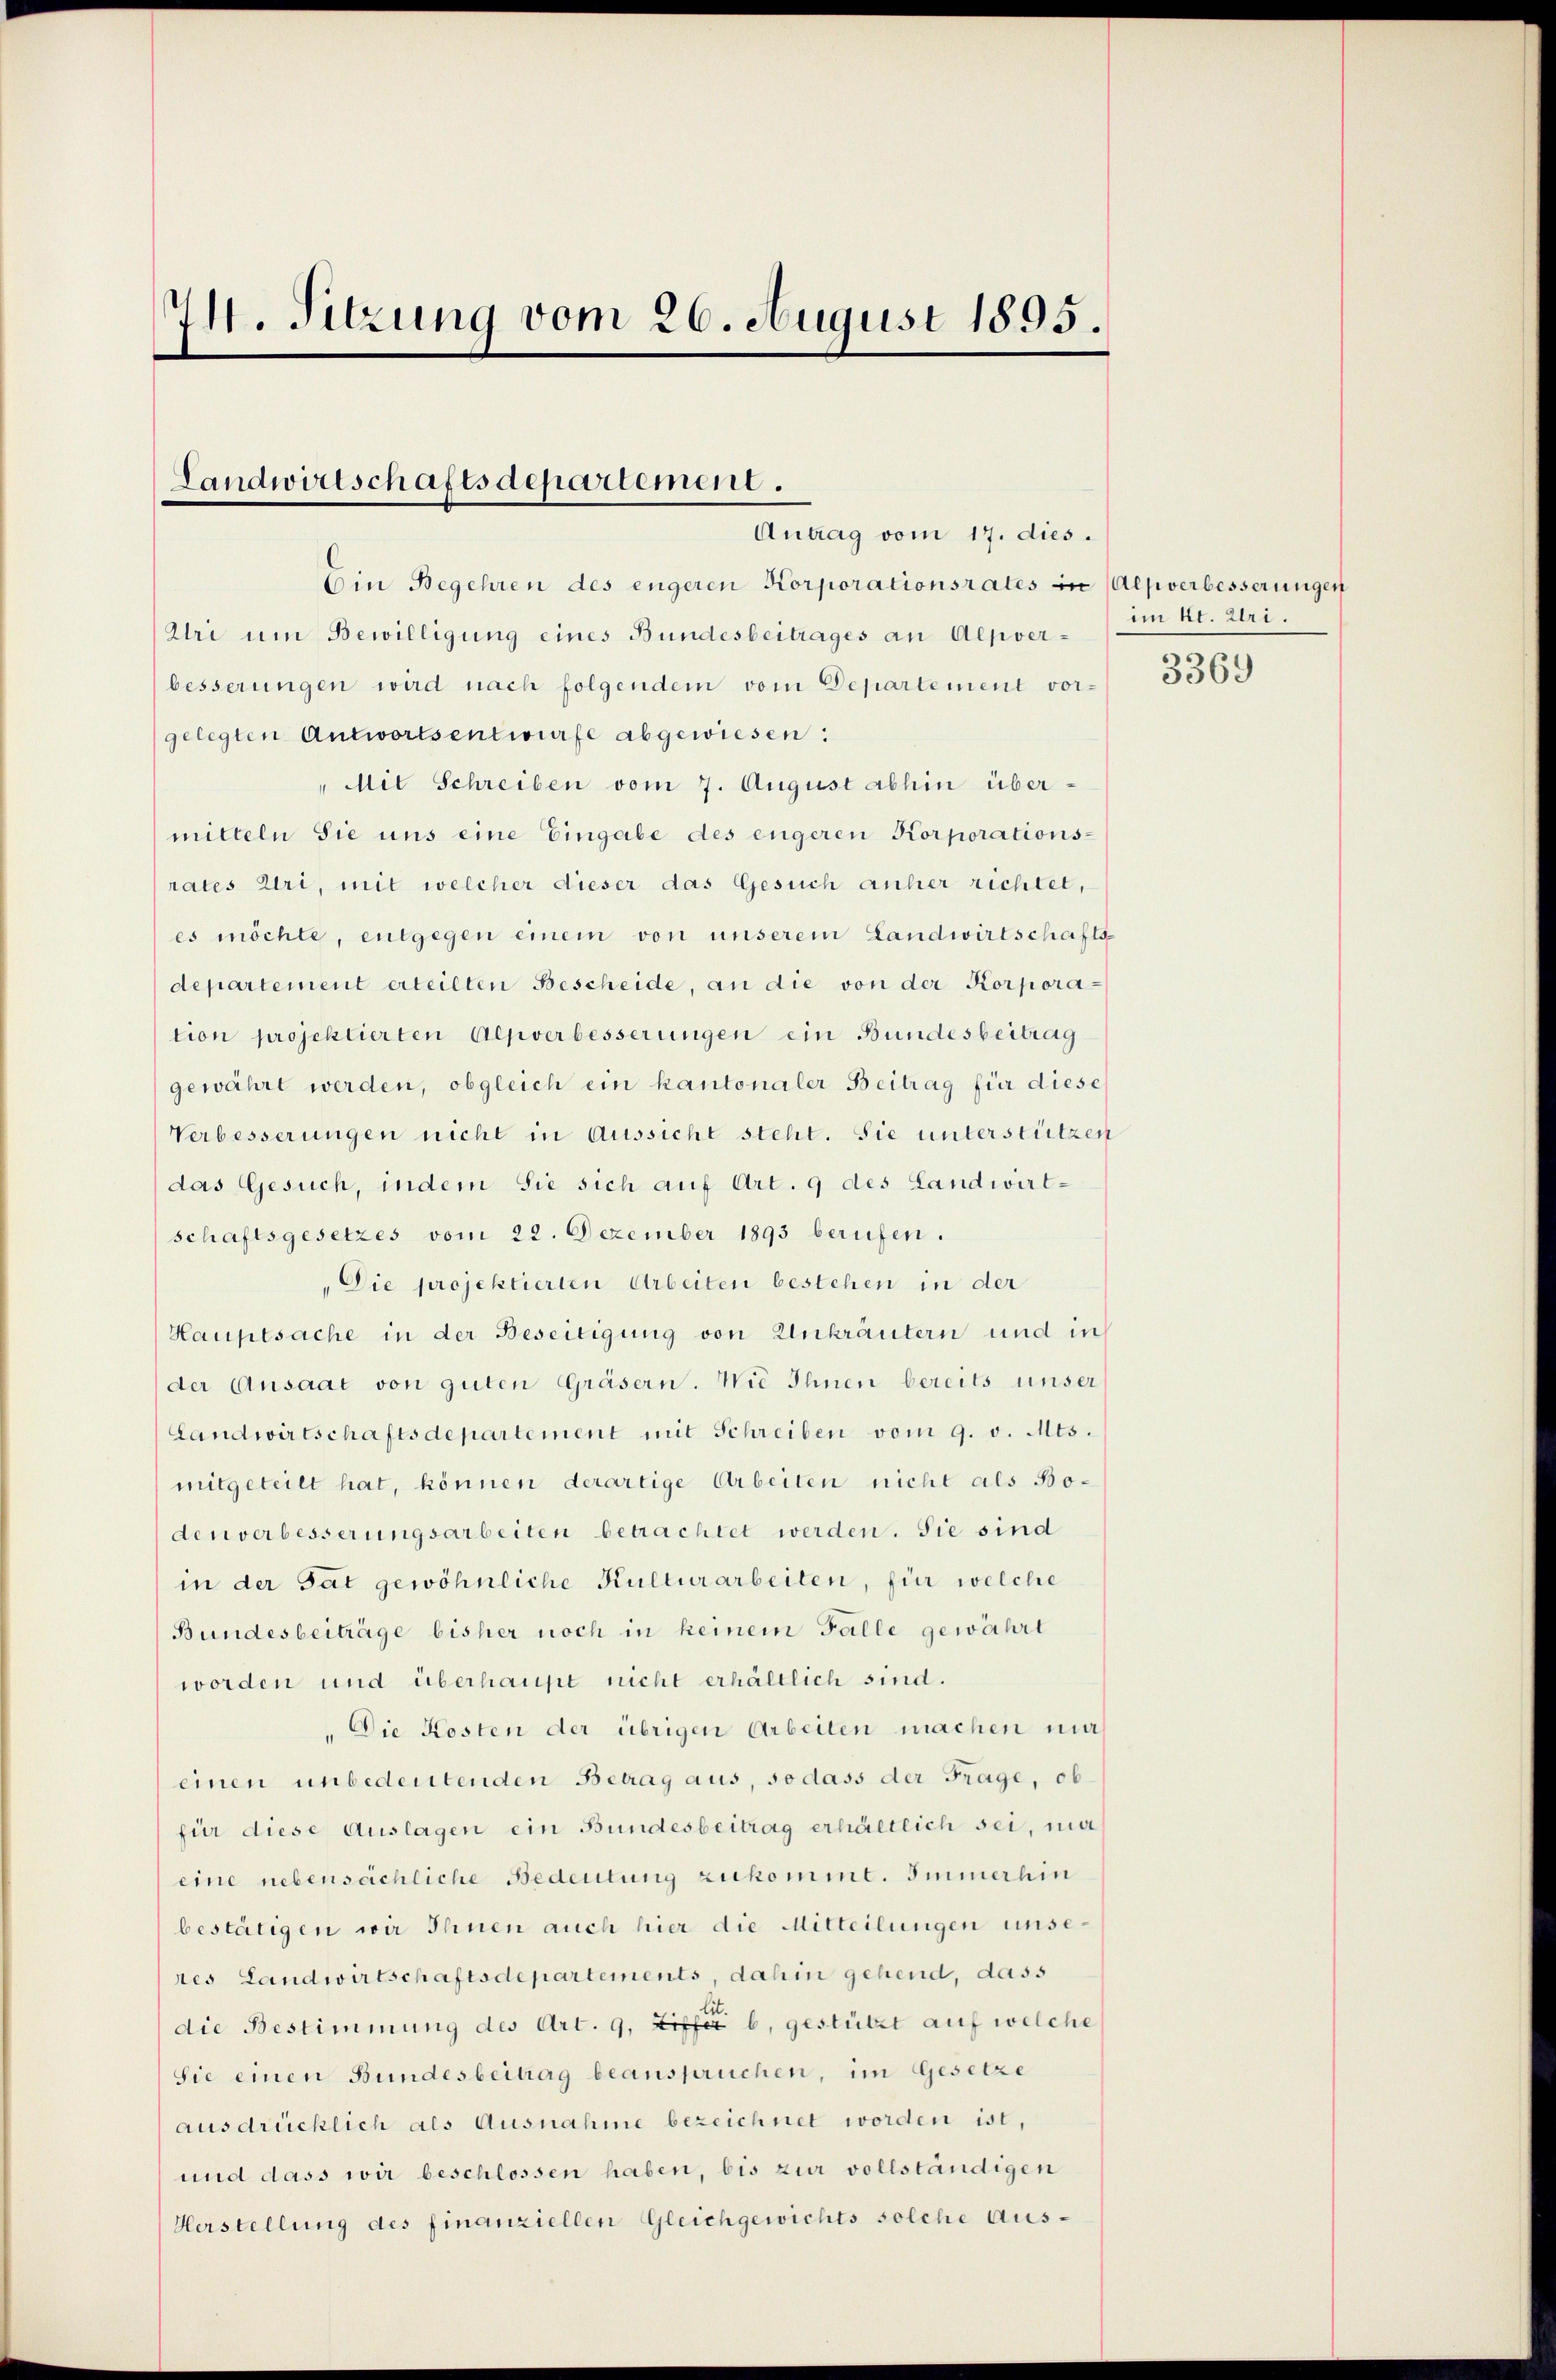
74. Sitzung vom 26. August 1895.

Landwirtschaftsdepartement.
Antrag vom 17. dies.

Bin Begehren des engeren Korporationsrates in Alpverbesserungen
Uri um Bewilligung eines Bundesbeitrages an Alpverbesserungen wird nach folgendem vom Departement vor-
gelegten Antwortsentwurfe abgewiesen:
" Mit Schreiben vom 7. August abhin über-
mitteln Sie uns eine Eingabe des engeren Korporations-
rates Uri, mit welcher dieser das Gesuch anher richtet,
es möchte, entgegen einem von unserem Landwirtschafts-
departement erteilten Bescheide, an die von der Korporation projektierten Alpverbesserungen ein Bundesbeitrag
gewährt werden, obgleich ein kantonaler Beitrag für diese
Verbesserungen nicht in Aussicht steht. Sie unterstützen
das Gesuch, indem Sie sich auf Art. 9 des Landwirt-
schaftsgesetzes vom 22. Dezember 1893 berufen.
"Die projektierten Arbeiten bestehen in der
Hauptsache in der Beseitigung von Unkräutern und in
der Ansaat von guten Gräsern. Wie Ihnen bereits unser
Landwirtschaftsdepartement mit Schreiben vom 9. v. Mts.
mitgeteilt hat, können derartige Arbeiten nicht als Bodenverbesserungsarbeiten betrachtet werden. Sie sind
in der Tat gewöhnliche Kulturarbeiten, für welche
Bundesbeiträge bisher noch in keinem Falle gewährt
worden und überhaupt nicht erhältlich sind.
" Die Kosten der übrigen Arbeiten machen mi
einen unbedeutenden Betrag aus, so dass der Frage, obfür diese Auslagen ein Bundesbeitrag erhältlich sei, ma
eine nebensächliche Bedeutung zukommt. Immerhin
bestätigen wir Ihnen auch hier die Mitteilungen unseres Landwirtschaftsdepartements, dahin gehend, dass
die Bestimmung des Art. 9, Ziffer b. gestützt auf welche
Sie einen Bundesbeitrag beanspruchen, im Gesetze
ausdrücklich als Ausnahme bezeichnet worden ist,
und dass wir beschlossen haben, bis zur vollständigen
Herstellung des finanziellen Gleichgewichts solche Aus-

im Kt. Uri.

3369